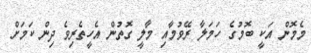
މެމޮން އަކީ ބޮމުގެ ހަމަލާ ރޭވުމާއި މާލީ ގޮތުން އެހީތެރިވެ ދިން ކަމަށް